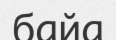
байа